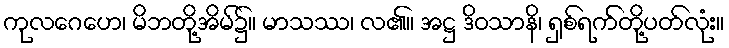
ကုလဂေဟေ၊ မိဘတို့အိမ်၌။ မာသဿ၊ လ၏။ အဋ္ဌ ဒိဝသာနိ၊ ရှစ်ရက်တို့ပတ်လုံး။